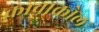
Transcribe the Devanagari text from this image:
कावाकोल